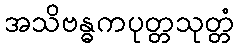
အသိဗန္ဓကပုတ္တသုတ္တံ